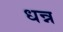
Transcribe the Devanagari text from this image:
धन्न